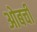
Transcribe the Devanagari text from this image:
ओबची